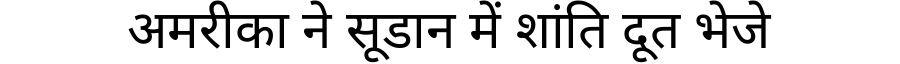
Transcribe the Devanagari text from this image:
अमरीका ने सूडान में शांति दूत भेजे